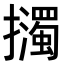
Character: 𢹅